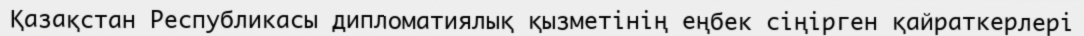
Қазақстан Республикасы дипломатиялық қызметінің еңбек сіңірген қайраткерлері